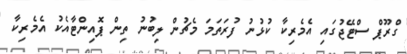
ގްރޫޕް ސްޓޭޖުގައި އެމެރިކާ ކުޅުނު ފުރަތަމަ މެޗުން ލިބުނު ތިން ޕޮއިންޓާއެކު އެމެރިކާ